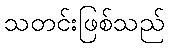
သတင်းဖြစ်သည်